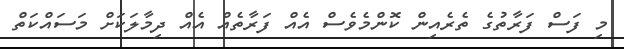
މި ފަސް ފަރާތުގެ ތެރެއިން ކޮންމެވެސް އެއް ފަރާތެއް އެއް ދިމާލަކަށް މަސައްކަތް